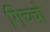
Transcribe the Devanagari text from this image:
गिच्चो